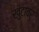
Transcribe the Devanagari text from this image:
खुंटावर